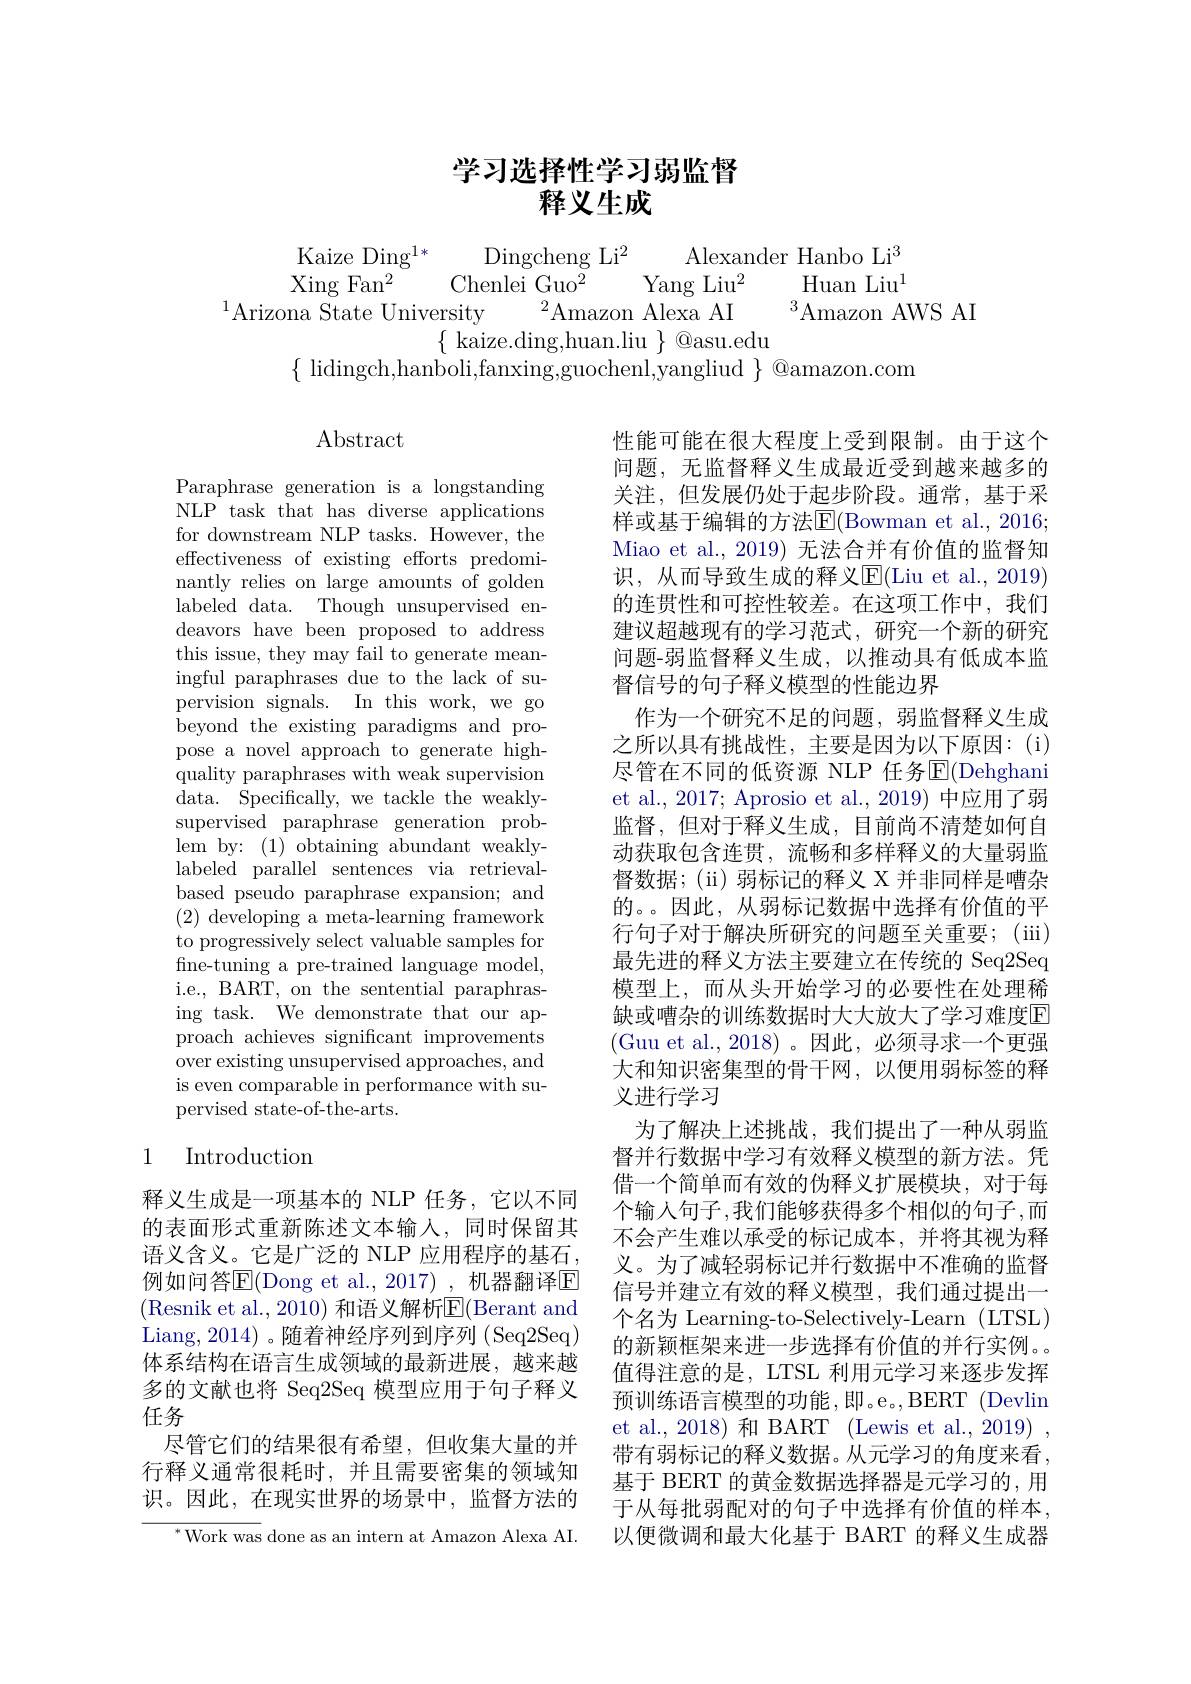
# 学习选择性学习弱监督释义生成

$\begin{array}{c}\text{Kaize Ding}^{1*}&\text{Dingcheng Li}^{2}&\text{Alexander Hanbo Li}^{3}\\\text{Xing Fan}^{2}&\text{Chenlei Guo}^{2}&\text{Yang Liu}^{2}&\text{Huan Liu}^{1}\\\text{Arizona State University}&^{2}\text{Amazon Alexa AI}\\&\{\text{kaize.ding,huan.liu}\}&\text{@asu.edu}\end{array}$
$\{{\mathrm{~lidingch,hanboli,fanxing,guochenl,yangliud~}}\}{\mathrm{~@amazon.com}}$

$\operatorname{Abstract}$

Paraphrase generation is a longstanding NLP task that has diverse applications for downstream NLP tasks. However, the effectiveness of existing efforts predominantly relies on large amounts of golden labeled data. Though unsupervised endeavors have been proposed to address this issue, they may fail to generate meaningful paraphrases due to the lack of supervision signals. In this work, we go beyond the existing paradigms and propose a novel approach to generate highquality paraphrases with weak supervision data. Specifically, we tackle the weaklysupervised paraphrase generation problem by: (1) obtaining abundant weaklylabeled parallel sentences via retrievalbased pseudo paraphrase expansion; and $(2){\mathrm{~developing~a~meta-learning~framework}}$ to progressively select valuable samples for fine-tuning a pre-trained language model, i.e., BART, on the sentential paraphrasing task. We demonstrate that our approach achieves significant improvements over existing unsupervised approaches, and is even comparable in performance with supervised state-of-the-arts.

性能可能在很大程度上受到限制。由于这个问题，无监督释义生成最近受到越来越多的关注，但发展仍处于起步阶段。通常，基于采样或基于编辑的方法$\overline{\mathrm{E}}($Bowman et al., 2016; Miao et al.,2019) 无法合并有价值的监督知识，从而导致生成的释义$\operatorname{E}($Liu et al., 2019) 的连贯性和可控性较差。在这项工作中，我们建议超越现有的学习范式，研究一个新的研究问题-弱监督释义生成，以推动具有低成本监督信号的句子释义模型的性能边界
作为一个研究不足的问题，弱监督释义生成之所以具有挑战性，主要是因为以下原因：(i) 尽管在不同的低资源 NLP 任务$\overline{\mathrm{E}}($Dehghani et al., 2017; Aprosio et al., 2019) 中应用了弱监督，但对于释义生成，目前尚不清楚如何自动获取包含连贯，流畅和多样释义的大量弱监督数据；(ii)弱标记的释义 X 并非同样是嘈杂的。。因此，从弱标记数据中选择有价值的平行句子对于解决所研究的问题至关重要；(iii) 最先进的释义方法主要建立在传统的 Seq2Seq 模型上，而从头开始学习的必要性在处理稀缺或嘈杂的训练数据时大大放大了学习难度E (Guu et al.,2018)。因此，必须寻求一个更强大和知识密集型的骨干网，以便用弱标签的释义进行学习
为了解决上述挑战，我们提出了一种从弱监督并行数据中学习有效释义模型的新方法。凭借一个简单而有效的伪释义扩展模块，对于每个输入句子，我们能够获得多个相似的句子，而不会产生难以承受的标记成本，并将其视为释义。为了减轻弱标记并行数据中不准确的监督信号并建立有效的释义模型，我们通过提出一个名为 Learning-to-Selectively-Learn (LTSL) 的新颖框架来进一步选择有价值的并行实例。值得注意的是，LTSL 利用元学习来逐步发挥预训练语言模型的功能，即。e。,BERT (Devlin et al., 2018) 和 BART (Lewis et al., 2019) , 带有弱标记的释义数据。从元学习的角度来看， 基于 BERT 的黄金数据选择器是元学习的，用于从每批弱配对的句子中选择有价值的样本， 以便微调和最大化基于 BART 的释义生成器

## 1 Introduction

释义生成是一项基本的 NLP 任务，它以不同的表面形式重新陈述文本输入，同时保留其语义含义。它是广泛的 NLP 应用程序的基石例如问答$\mathbb{E}($Dong et al., 2017)\_,机器翻译$\mathbb{E}$ (Resnik et al., 2010) 和语义解析$\overline{\mathrm{E}}($Berant and Liang, 2014) 。随着神经序列到序列 (Seq2Seq) 体系结构在语言生成领域的最新进展，越来越多的文献也将 Seq2Seq 模型应用于句子释义任务
尽管它们的结果很有希望，但收集大量的并行释义通常很耗时，并且需要密集的领域知识。因此，在现实世界的场景中，监督方法的

$^{*}$Work was done as an intern at Amazon Alexa AI.